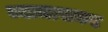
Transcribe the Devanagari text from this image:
व्याजासकट